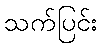
သက်ပြင်း